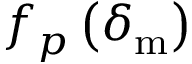
f _ { p } \left( \delta _ { \mathrm { m } } \right)